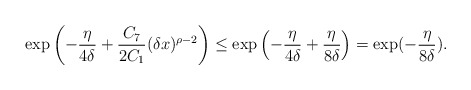
\begin{align*}&\exp\left( -\frac{\eta}{4\delta} + \frac{C_7}{2C_1} (\delta x)^{\rho-2}\right) \le \exp \left(-\frac{\eta}{4\delta}+\frac{\eta}{8\delta}\right) = \exp(-\frac{\eta}{8\delta}).\end{align*}